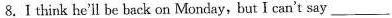
8.I think he'll be back on Monday,but I can't say ___